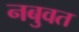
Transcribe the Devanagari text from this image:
नबुवत